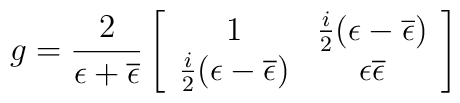
g={2\over \epsilon +\overline{\epsilon}}\left[\begin{array}{cc}1&{i\over 2} (\epsilon -\overline{\epsilon}) \\{i\over 2} (\epsilon -\overline{\epsilon})&\epsilon \overline{\epsilon}\end{array}\right]